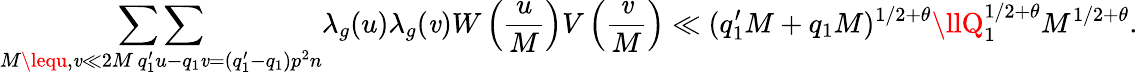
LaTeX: \mathop{\sum\sum}_{\substack{M\lequ,\mathit{v}\ll2M\, q_{1}^{\prime}u-q_{1}\mathit{v}=(q_{1}^{\prime}-q_{1})p^{2}n}}\lambda_{g}(u)\lambda_{g}(\mathit{v})W\left(\frac{{u}}{{M}}\right)V\left(\frac{{\mathit{v}}}{{M}}\right)\ll(q_{1}^{\prime}M+q_{1}M)^{1/2+\theta}\llQ_{1}^{1/2+\theta}M^{1/2+\theta}.